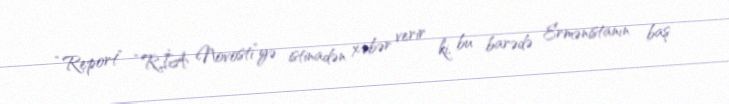
“Report” “RİA Novosti”yə istinadən xəbər verir ki, bu barədə Ermənistanın baş